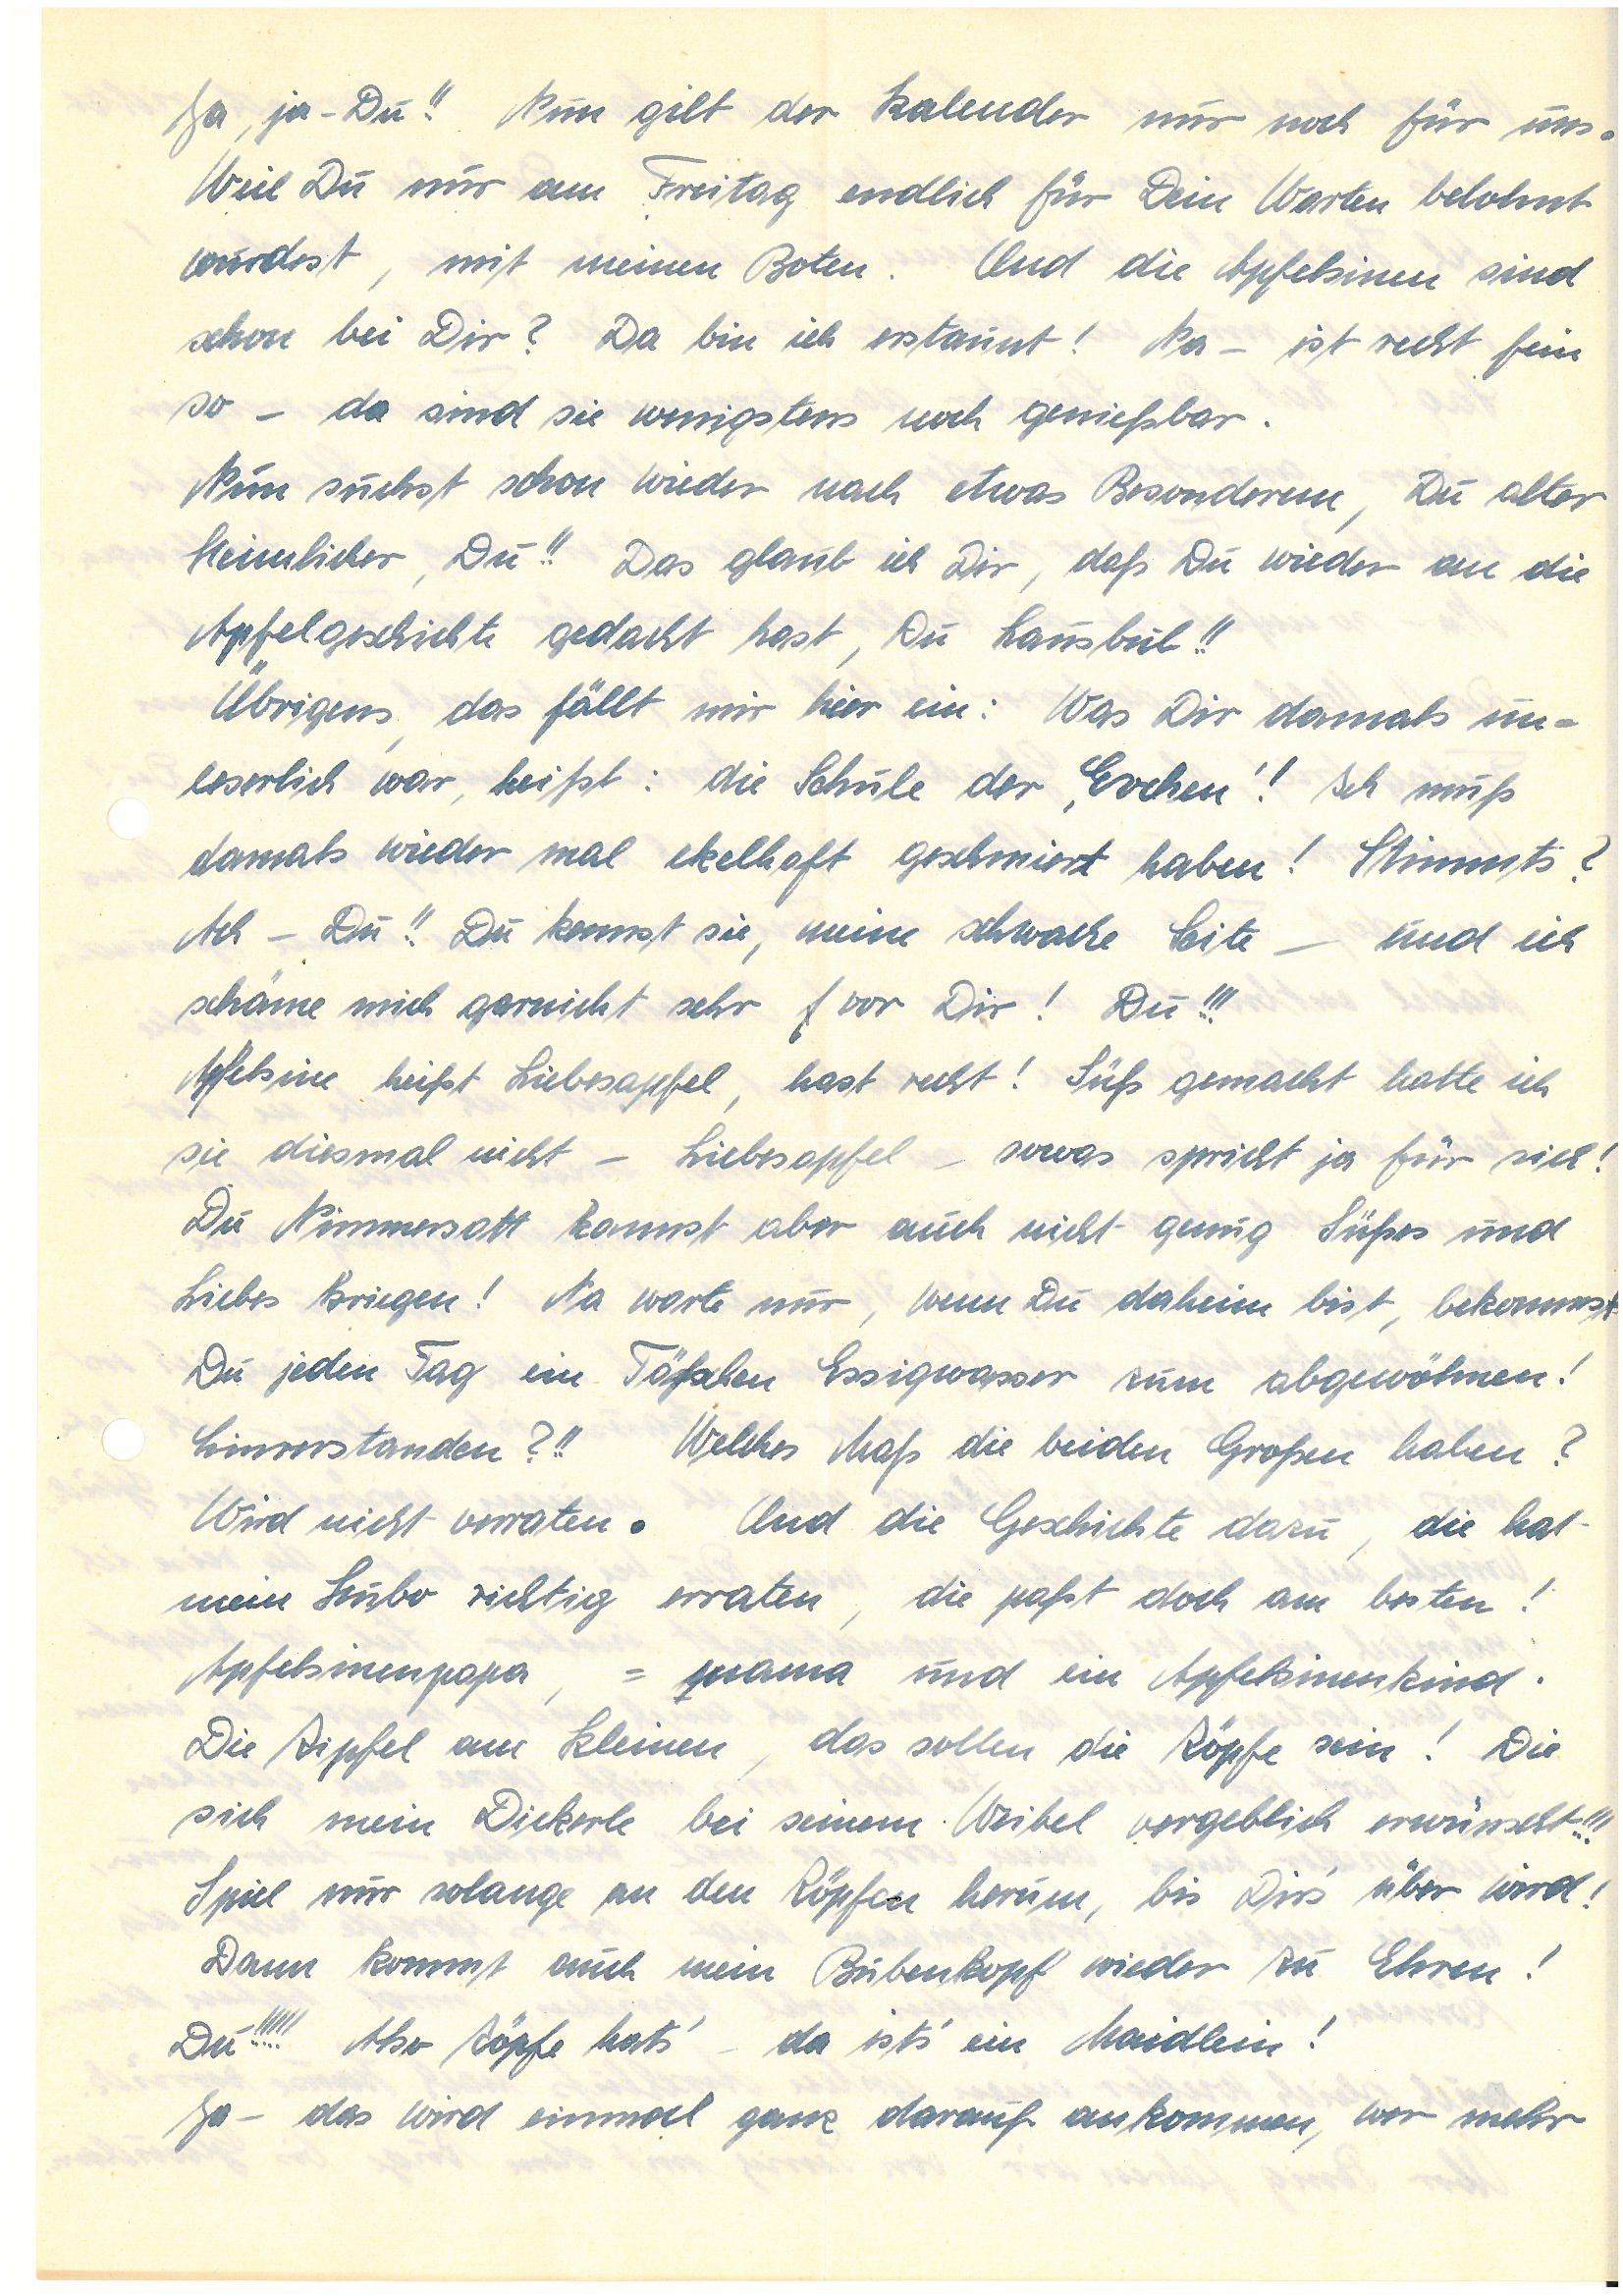
Ja, ja – Du!! Nun gilt der Kalender nur noch für uns.
Weil Du nur am Freitag endlich für Dein Warten belohnt
wurdest, mit meinem Boten. Und die Apfelsinen sind
schon bei Dir? Da bin ich erstaunt! Na – ist recht fein
so – da sind sie wenigstens noch genießbar.
Nun suchst Du schon wieder nach etwas Besonderem, Du alter
Heimlicher, Du!! Das glaub ich Dir, daß Du wieder an die
Apfelgeschichte gedacht hast, Du Lausbub!!
Übrigens, das fällt mir hier ein: Was Dir damals un¬
leserlich war, heißt: die Schule der ,Evchen‘! Ich muß
damals wieder mal ekelhaft geschmiert haben! Stimmts?
Ach – Du!! Du kennst sie, meine schwache Seite – und ich
schäme mich garnicht sehr vor Dir! Du!!!
Apfelsine heißt Liebesapfel, hast recht! Süß gemacht hatte ich
sie diesmal nicht – Liebesapfel – sowas spricht ja für sich!
Du Nimmersatt kannst aber auch nicht genug Süßes und
Liebes kriegen! Na warte nur, wenn Du daheim bist, bekommst
Du jeden Tag ein Täßchen Essigwasser zum abgewöhnen!
Einverstanden?!! Welches Maß die beiden Großen haben?
Wird nicht verraten. Und die Geschichte dazu, die hat
mein Hubo richtig erraten, die paßt doch am besten!
Apfelsinenpapa, -mama und ein Apfelsinenkind.
Die Zipfel am kleinen, das sollen die Zöpfe sein! Die
sich mein Dickerle bei seinem Weibel vergeblich wünscht!!!
Spiel mir solange an den Zöpfen herum, bis Dirs‘über wird!
Dann kommt auch mein Bubenkopf wieder zu Ehren!
Du!!!!! Aber Zöpfe hats‘da ists‘ ein Maidlein!
Ja – das wird einmal ganz darauf ankommen, wer mehr